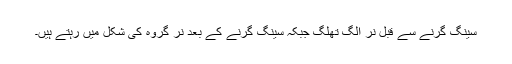
سینگ گرنے سے قبل نر الگ تھلگ جبکہ سینگ گرنے کے بعد نر گروہ کی شکل میں رہتے ہیں۔